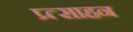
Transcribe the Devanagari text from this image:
प्र्त्साहन